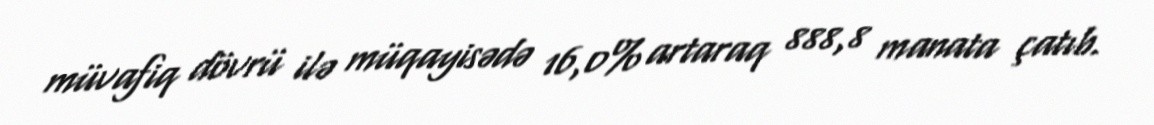
müvafiq dövrü ilə müqayisədə 16,0% artaraq 888,8 manata çatıb.